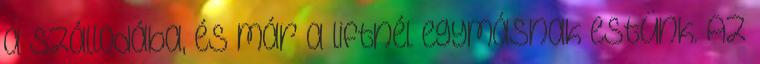
a szállodába, és már a liftnél egymásnak estünk. Az